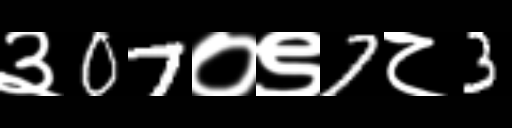
Text: ३07०९7८3